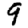
Digit: 9